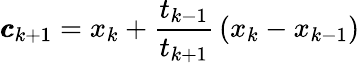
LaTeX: {\pmb{c}}_{k+1}=x_{k}+\frac{t_{k-1}}{t_{k+1}}\, (x_{k}-x_{k-1})